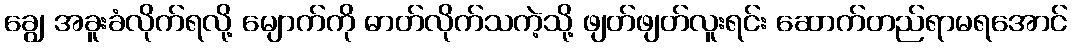
ချွေ အခူးခံလိုက်ရလို့ မျောက်ကို ဓာတ်လိုက်သကဲ့သို့ ဖျတ်ဖျတ်လူးရင်း ဆောက်တည်ရာမရအောင်